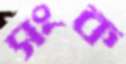
সংক